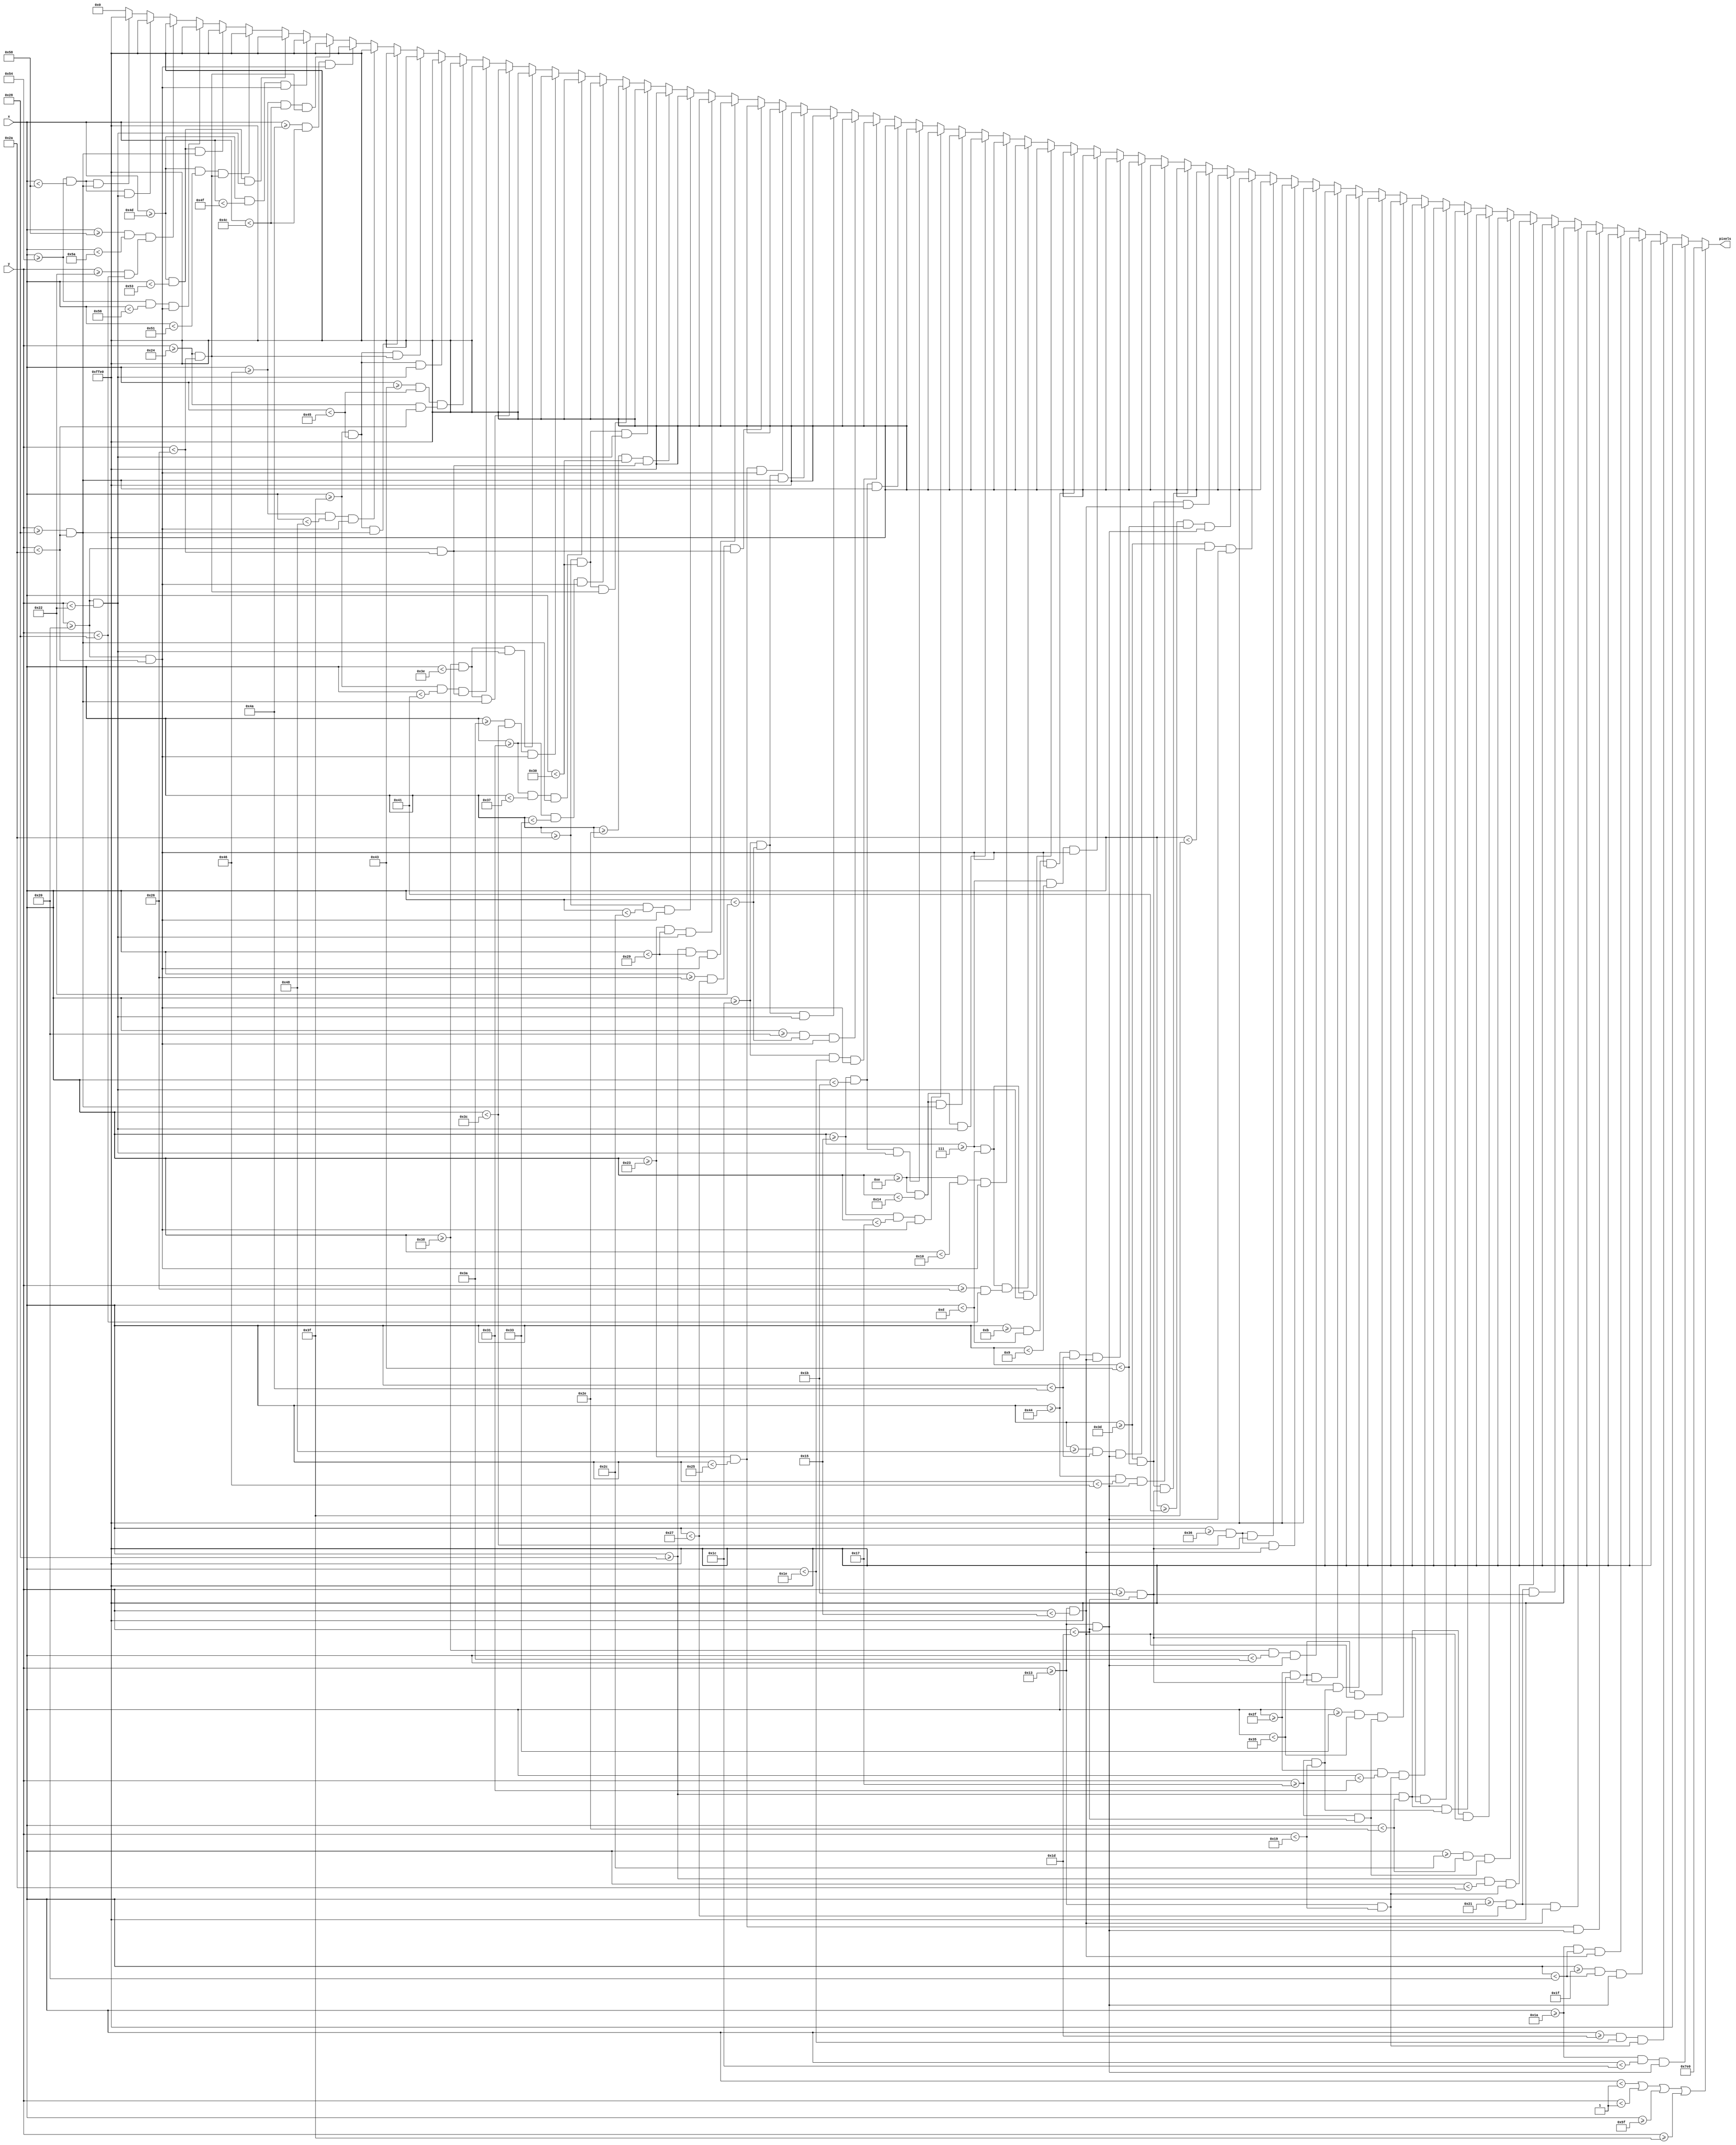
`timescale 1ns / 1ps
//////////////////////////////////////////////////////////////////////////////////
// Company: 
// Engineer: 
// 
// Design Name: 
// Module Name: end1
// Project Name: 
// Target Devices: 
// Tool Versions: 
// Description: 
// 
// Dependencies: 
// 
// Revision:
// Revision 0.01 - File Created
// Additional Comments:
// 
//////////////////////////////////////////////////////////////////////////////////


module end1(
    input [6:0] x,
    input [5:0] y,
    output reg [15:0] pixels
    );
    
    always @ (*) begin
             if (x < 1 || y < 1 || x >= 95 || y >= 63)                  pixels = 16'h07E0;

//        Mission accomplished screen
        else if ((x >= 26 && x < 26+2)   && (y >= 19 && y < 19+10))     pixels = 16'hFFE0; 
        else if ((x >= 26+3 && x < 26+4) && (y >= 19 && y < 19+6))      pixels = 16'hFFE0; 
        else if ((x >= 26+5 && x < 26+6) && (y >= 19 && y < 19+10))     pixels = 16'hFFE0; 
        else if ((x >= 26 && x < 26+6)   && (y >= 19 && y < 19+2))      pixels = 16'hFFE0; 
        else if ((x >= 33+2 && x < 33+4) && (y >= 19 && y < 19+10))     pixels = 16'hFFE0; 
        else if ((x >= 33 && x < 33+6)   && (y >= 19 && y < 19+2))      pixels = 16'hFFE0; 
        else if ((x >= 33 && x < 33+6)   && (y >= 19+8 && y < 19+10))   pixels = 16'hFFE0; 
        else if ((x >= 40 && x < 40+2)   && (y >= 19 && y < 19+6))      pixels = 16'hFFE0; 
        else if ((x >= 40+4 && x < 40+6) && (y >= 19+4 && y < 19+10))   pixels = 16'hFFE0; 
        else if ((x >= 40 && x < 40+6)   && (y >= 19 && y < 19+2))      pixels = 16'hFFE0; 
        else if ((x >= 40 && x < 40+6)   && (y >= 19+4 && y < 19+6))    pixels = 16'hFFE0; 
        else if ((x >= 40 && x < 40+6)   && (y >= 19+8 && y < 19+10))   pixels = 16'hFFE0; 
        else if ((x >= 47 && x < 47+2)   && (y >= 19 && y < 19+6))      pixels = 16'hFFE0; 
        else if ((x >= 47+4 && x < 47+6) && (y >= 19+4 && y < 19+10))   pixels = 16'hFFE0; 
        else if ((x >= 47 && x < 47+6)   && (y >= 19 && y < 19+2))      pixels = 16'hFFE0; 
        else if ((x >= 47 && x < 47+6)   && (y >= 19+4 && y < 19+6))    pixels = 16'hFFE0; 
        else if ((x >= 47 && x < 47+6)   && (y >= 19+8 && y < 19+10))   pixels = 16'hFFE0; 
        else if ((x >= 54+2 && x < 54+4) && (y >= 19 && y < 19+10))     pixels = 16'hFFE0; 
        else if ((x >= 54 && x < 54+6)   && (y >= 19 && y < 19+2))      pixels = 16'hFFE0; 
        else if ((x >= 54 && x < 54+6)   && (y >= 19+8 && y < 19+10))   pixels = 16'hFFE0; 
        else if ((x >= 61 && x < 61+2)   && (y >= 19 && y < 19+10))     pixels = 16'hFFE0; 
        else if ((x >= 61+4 && x < 61+6) && (y >= 19 && y < 19+10))     pixels = 16'hFFE0; 
        else if ((x >= 61 && x < 61+6)   && (y >= 19 && y < 19+2))      pixels = 16'hFFE0; 
        else if ((x >= 61 && x < 61+6)   && (y >= 19+8 && y < 19+10))   pixels = 16'hFFE0; 
        else if ((x >= 68 && x < 68+2)   && (y >= 19 && y < 19+10))     pixels = 16'hFFE0; 
        else if ((x >= 68+4 && x < 68+6) && (y >= 19 && y < 19+10))     pixels = 16'hFFE0; 
        else if ((x >= 68 && x < 68+6)   && (y >= 19 && y < 19+2))      pixels = 16'hFFE0; 
        else if ((x >= 7 && x < 7+2)   && (y >= 32 && y < 32+10))       pixels = 16'hFFE0; 
        else if ((x >= 7+4 && x < 7+6) && (y >= 32 && y < 32+10))       pixels = 16'hFFE0; 
        else if ((x >= 7 && x < 7+6)   && (y >= 32 && y < 32+2))        pixels = 16'hFFE0; 
        else if ((x >= 7 && x < 7+6)   && (y >= 32+6 && y < 32+8))      pixels = 16'hFFE0; 
        else if ((x >= 14 && x < 14+2)   && (y >= 32 && y < 32+10))     pixels = 16'hFFE0; 
        else if ((x >= 14 && x < 14+6)   && (y >= 32 && y < 32+2))      pixels = 16'hFFE0; 
        else if ((x >= 14 && x < 14+6)   && (y >= 32+8 && y < 32+10))   pixels = 16'hFFE0; 
        else if ((x >= 21 && x < 21+2)   && (y >= 32 && y < 32+10))     pixels = 16'hFFE0; 
        else if ((x >= 21 && x < 21+6)   && (y >= 32 && y < 32+2))      pixels = 16'hFFE0; 
        else if ((x >= 21 && x < 21+6)   && (y >= 32+8 && y < 32+10))   pixels = 16'hFFE0; 
        else if ((x >= 28 && x < 28+2)   && (y >= 32 && y < 32+10))     pixels = 16'hFFE0; 
        else if ((x >= 28+4 && x < 28+6) && (y >= 32 && y < 32+10))     pixels = 16'hFFE0; 
        else if ((x >= 28 && x < 28+6)   && (y >= 32 && y < 32+2))      pixels = 16'hFFE0; 
        else if ((x >= 28 && x < 28+6)   && (y >= 32+8 && y < 32+10))   pixels = 16'hFFE0; 
        else if ((x >= 35 && x < 35+2)   && (y >= 32 && y < 32+10))     pixels = 16'hFFE0; 
        else if ((x >= 35+3 && x < 35+4) && (y >= 32 && y < 32+6))      pixels = 16'hFFE0; 
        else if ((x >= 35+5 && x < 35+6) && (y >= 32 && y < 32+10))     pixels = 16'hFFE0; 
        else if ((x >= 35 && x < 35+6)   && (y >= 32 && y < 32+2))      pixels = 16'hFFE0; 
        else if ((x >= 42 && x < 42+2)   && (y >= 32 && y < 32+10))     pixels = 16'hFFE0; 
        else if ((x >= 42+4 && x < 42+6) && (y >= 32 && y < 32+6))      pixels = 16'hFFE0; 
        else if ((x >= 42 && x < 42+6)   && (y >= 32 && y < 32+2))      pixels = 16'hFFE0;
        else if ((x >= 42 && x < 42+6)   && (y >= 32+4 && y < 32+6))    pixels = 16'hFFE0; 
        else if ((x >= 49 && x < 49+2)   && (y >= 32 && y < 32+10))     pixels = 16'hFFE0; 
        else if ((x >= 49 && x < 49+6)   && (y >= 32+8 && y < 32+10))   pixels = 16'hFFE0; 
        else if ((x >= 56+2 && x < 56+4) && (y >= 32 && y < 32+10))     pixels = 16'hFFE0; 
        else if ((x >= 56 && x < 56+6)   && (y >= 32 && y < 32+2))      pixels = 16'hFFE0; 
        else if ((x >= 56 && x < 56+6)   && (y >= 32+8 && y < 32+10))   pixels = 16'hFFE0; 
        else if ((x >= 63 && x < 63+2)   && (y >= 32 && y < 32+6))      pixels = 16'hFFE0; 
        else if ((x >= 63+4 && x < 63+6) && (y >= 32+4 && y < 32+10))   pixels = 16'hFFE0; 
        else if ((x >= 63 && x < 63+6)   && (y >= 32 && y < 32+2))      pixels = 16'hFFE0; 
        else if ((x >= 63 && x < 63+6)   && (y >= 32+4 && y < 32+6))    pixels = 16'hFFE0; 
        else if ((x >= 63 && x < 63+6)   && (y >= 32+8 && y < 32+10))   pixels = 16'hFFE0; 
        else if ((x >= 70 && x < 70+2)   && (y >= 32 && y < 32+10))     pixels = 16'hFFE0; 
        else if ((x >= 70+4 && x < 70+6) && (y >= 32 && y < 32+10))     pixels = 16'hFFE0; 
        else if ((x >= 70 && x < 70+6)   && (y >= 32+4 && y < 32+6))    pixels = 16'hFFE0; 
        else if ((x >= 77 && x < 77+2)   && (y >= 32 && y < 32+10))     pixels = 16'hFFE0; 
        else if ((x >= 77 && x < 77+6)   && (y >= 32 && y < 32+2))      pixels = 16'hFFE0; 
        else if ((x >= 77 && x < 77+4)   && (y >= 32+4 && y < 32+6))    pixels = 16'hFFE0; 
        else if ((x >= 77 && x < 77+6)   && (y >= 32+8 && y < 32+10))   pixels = 16'hFFE0; 
        else if ((x >= 84 && x < 84+2)   && (y >= 32 && y < 32+10))     pixels = 16'hFFE0; 
        else if ((x >= 84+4 && x < 84+6) && (y >= 32+2 && y < 32+8))    pixels = 16'hFFE0; 
        else if ((x >= 84 && x < 84+4)   && (y >= 32 && y < 32+2))      pixels = 16'hFFE0; 
        else if ((x >= 84 && x < 84+4)   && (y >= 32+8 && y < 32+10))   pixels = 16'hFFE0;
        else pixels = 16'h0000;
    end

endmodule